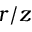
r / z